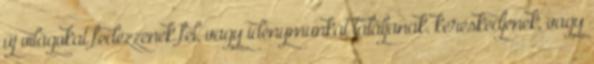
új világokat fedezzenek fel, vagy idénymunkát találjanak, kereskedjenek, vagy